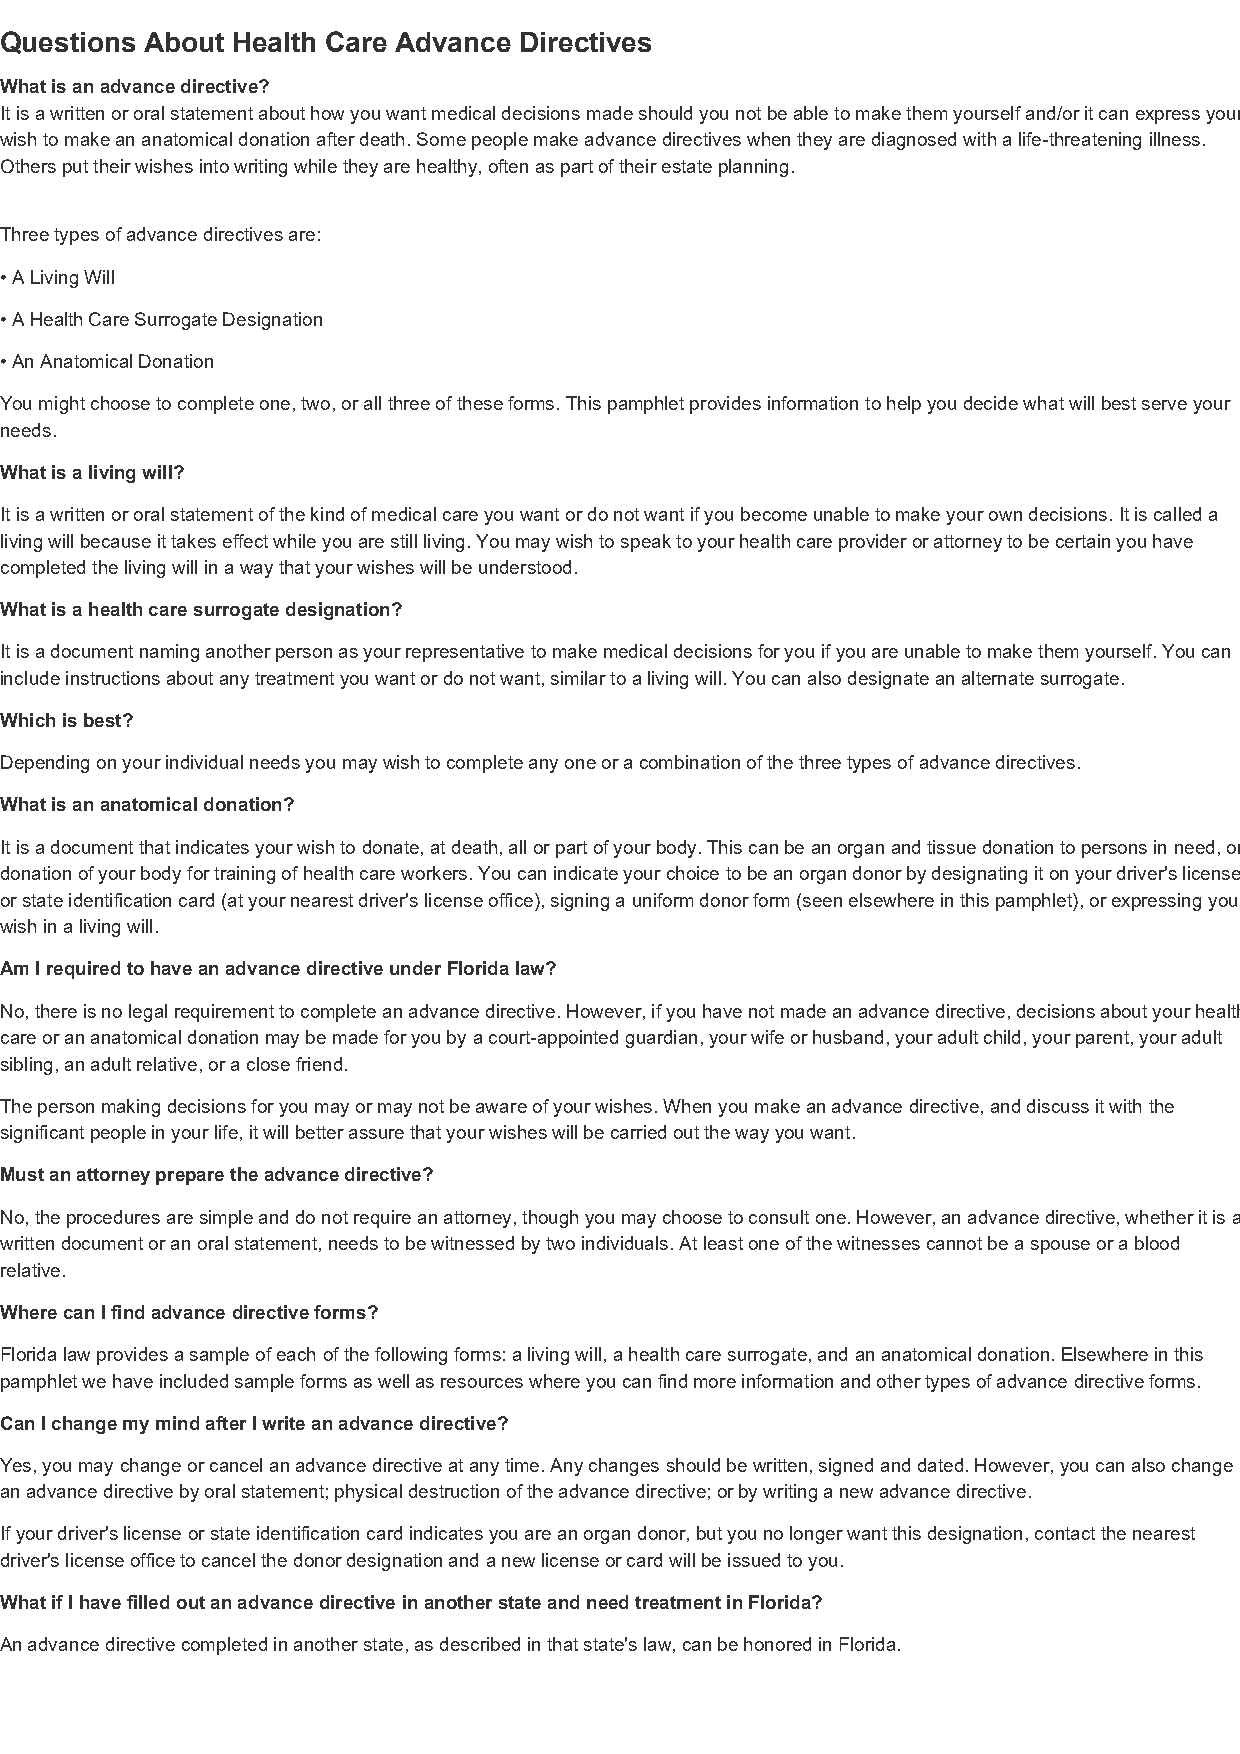
Questions About Health Care Advance Directives
 What is an advance directive?
 It is a written or oral statement about how you want medical decisions made should you not be able to make them yourself and/or it can express your
 wish to make an anatomical donation after death. Some people make advance directives when they are diagnosed with a life-threatening illness.
 Others put their wishes into writing while they are healthy, often as part of their estate planning.
 Three types of advance directives are:
 • A Living Will
 • A Health Care Surrogate Designation
 • An Anatomical Donation
 You might choose to complete one, two, or all three of these forms. This pamphlet provides information to help you decide what will best serve your
 needs.
 What is a living will?
 It is a written or oral statement of the kind of medical care you want or do not want if you become unable to make your own decisions. It is called a
 living will because it takes effect while you are still living. You may wish to speak to your health care provider or attorney to be certain you have
 completed the living will in a way that your wishes will be understood.
 What is a health care surrogate designation?
 It is a document naming another person as your representative to make medical decisions for you if you are unable to make them yourself. You can
 include instructions about any treatment you want or do not want, similar to a living will. You can also designate an alternate surrogate.
 Which is best?
 Depending on your individual needs you may wish to complete any one or a combination of the three types of advance directives.
 What is an anatomical donation?
 It is a document that indicates your wish to donate, at death, all or part of your body. This can be an organ and tissue donation to persons in need, or
 donation of your body for training of health care workers. You can indicate your choice to be an organ donor by designating it on your driver's license
 or state identification card (at your nearest driver's license office), signing a uniform donor form (seen elsewhere in this pamphlet), or expressing your
 wish in a living will.
 Am I required to have an advance directive under Florida law?
 No, there is no legal requirement to complete an advance directive. However, if you have not made an advance directive, decisions about your health
 care or an anatomical donation may be made for you by a court-appointed guardian, your wife or husband, your adult child, your parent, your adult
 sibling, an adult relative, or a close friend.
 The person making decisions for you may or may not be aware of your wishes. When you make an advance directive, and discuss it with the
 significant people in your life, it will better assure that your wishes will be carried out the way you want.
 Must an attorney prepare the advance directive?
 No, the procedures are simple and do not require an attorney, though you may choose to consult one. However, an advance directive, whether it is a
 written document or an oral statement, needs to be witnessed by two individuals. At least one of the witnesses cannot be a spouse or a blood
 relative.
 Where can I find advance directive forms?
 Florida law provides a sample of each of the following forms: a living will, a health care surrogate, and an anatomical donation. Elsewhere in this
 pamphlet we have included sample forms as well as resources where you can find more information and other types of advance directive forms.
 Can I change my mind after I write an advance directive?
 Yes, you may change or cancel an advance directive at any time. Any changes should be written, signed and dated. However, you can also change
 an advance directive by oral statement; physical destruction of the advance directive; or by writing a new advance directive.
 If your driver's license or state identification card indicates you are an organ donor, but you no longer want this designation, contact the nearest
 driver's license office to cancel the donor designation and a new license or card will be issued to you.
 What if I have filled out an advance directive in another state and need treatment in Florida?
 An advance directive completed in another state, as described in that state's law, can be honored in Florida.